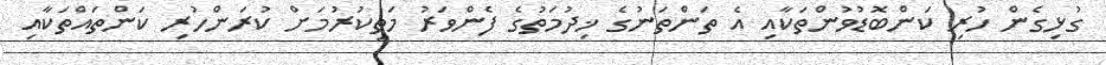
ގުޅިގެން ހުރި ކަންބޮޑުވުންތަކާއި އެ ތަންތަނުގެ ޚިދުމަތުގެ ފެންވަރު މަތިކުރުމަށް ކުރަންހުރި ކަންތައްތަކާއި